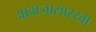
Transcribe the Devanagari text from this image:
आवाजासारखा